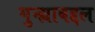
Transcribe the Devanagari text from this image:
गुन्ह्याबद्दल